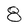
Character: 8